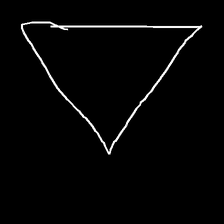
Glyph: convergence